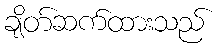
ချိတ်ဆက်ထားသည်